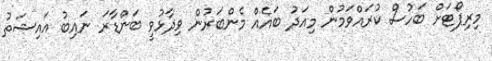
މިރިޕޯޓަށް ބަހުސް ކުރައްވަމުން މިއަދު ބައެއް މެންބަރުން ވިދާޅުވީ ބަންޑާރަ ނައިބު އައިޝަތު